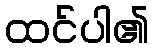
ထင်ပါ၏